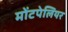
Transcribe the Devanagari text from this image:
मोंटपेलियर